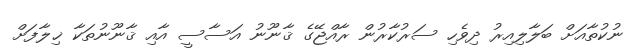
ނުކުތާއަށް ބަލާލިއިރު ދިވެހި ސަރުކާރުން ރާއްޖޭގެ ޤާނޫނު އަސާސީ އާއި ޤާނޫނުތަކާ ޚިލާފަށް